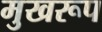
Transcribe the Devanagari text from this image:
मुखरूप